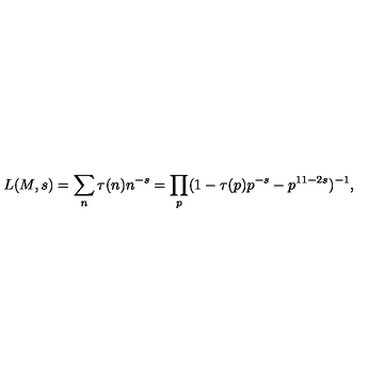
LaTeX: L ( M , s ) = \sum _ { n } \tau ( n ) n ^ { - s } = \prod _ { p } ( 1 - \tau ( p ) p ^ { - s } - p ^ { 1 1 - 2 s } ) ^ { - 1 } , \nonumber